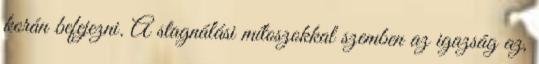
korán befejezni. A stagnálási mítoszokkal szemben az igazság az,